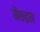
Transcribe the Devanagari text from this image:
मैकइन